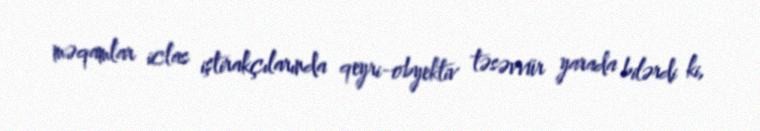
məqamlar iclas iştirakçılarında qeyri-obyektiv təsəvvür yarada bilərdi ki,